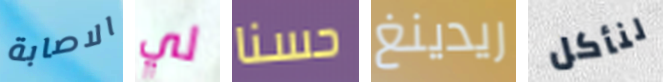
الاصابة لي حسنا ريدينغ لنأكل